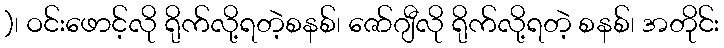
)၊ ဝင်းဖောင့်လို ရိုက်လို့ရတဲ့စနစ်၊ ဇော်ဂျီလို ရိုက်လို့ရတဲ့ စနစ်၊ အတိုင်း